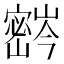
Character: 𫴚